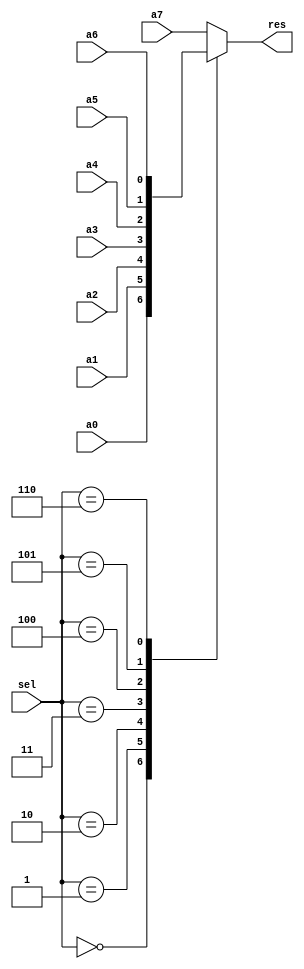
// -----------------------------------------------------------------------
// EDABK       401 C9 Building, Hanoi University of Science and Technology
//             No 1, Dai Co Viet Street, Hai Ba Trung Dist., Hanoi
// -----------------------------------------------------------------------
// Project     : Singular Value Decomposition

module mux8_1
(
	input 			a0,a1,a2,a3,a4,a5,a6,a7,
	input		[2:0] sel,
	output 	reg	res
);
	always @ (a0,a1,a2,a3,a4,a5,a6,a7,sel)begin
		case(sel)
			3'b000: res = a0;
			3'b001: res = a1;
			3'b010: res = a2;
			3'b011: res = a3;
			3'b100: res = a4;
			3'b101: res = a5;
			3'b110: res = a6;
			default:res = a7;
		endcase
	end

endmodule